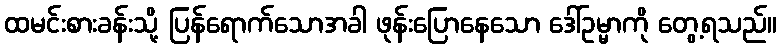
ထမင်းစားခန်းသို့ ပြန်ရောက်သောအခါ ဖုန်းပြောနေသော ဒေါ်ဥမ္မာကို တွေ့ရသည်။